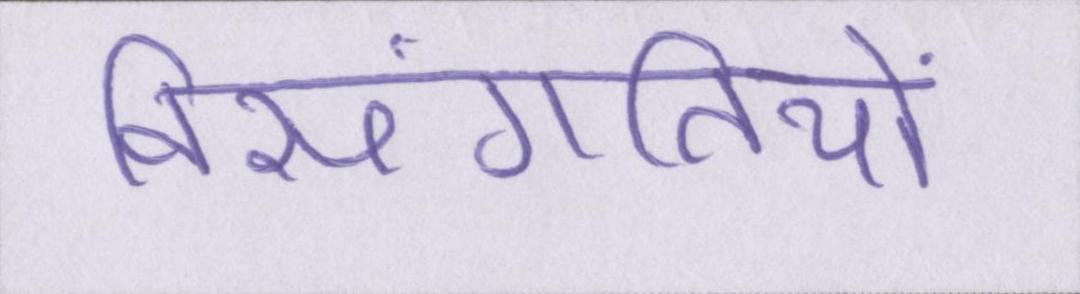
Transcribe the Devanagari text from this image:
विसंगतियों